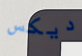
ديكس